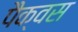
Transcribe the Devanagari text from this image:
पैक्वस